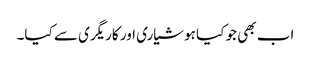
اب بھی جو کیا ہوشیاری اور کاریگری سے کیا۔